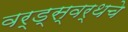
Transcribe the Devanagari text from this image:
वर्ड्‌स्वर्थचे